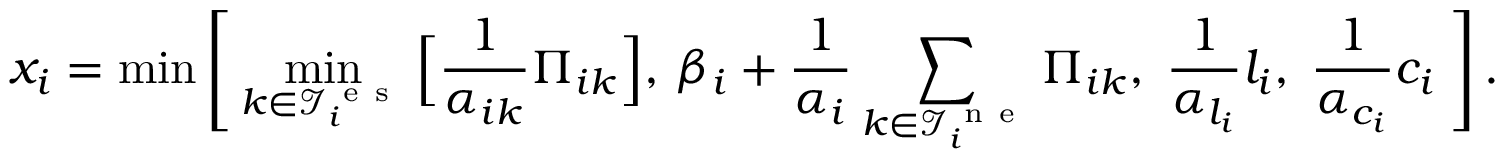
x _ { i } = \operatorname* { m i n } \Bigg [ \operatorname* { m i n } _ { k \in \mathcal { I } _ { i } ^ { \mathrm { ~ e ~ s ~ } } } \Big [ \frac { 1 } { \alpha _ { i k } } \Pi _ { i k } \Big ] , \: \beta _ { i } + \frac { 1 } { \alpha _ { i } } \sum _ { k \in \mathcal { I } _ { i } ^ { \mathrm { ~ n ~ e ~ } } } \Pi _ { i k } , \; \frac { 1 } { \alpha _ { l _ { i } } } l _ { i } , \; \frac { 1 } { \alpha _ { c _ { i } } } c _ { i } \; \Bigg ] \, .